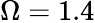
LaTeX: \Omega=1.4